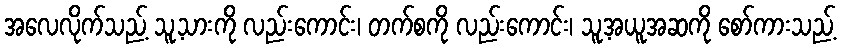
အလေလိုက်သည့် သူ့သားကို လည်းကောင်း၊ တက်စကို လည်းကောင်း၊ သူ့အယူအဆကို စော်ကားသည့်